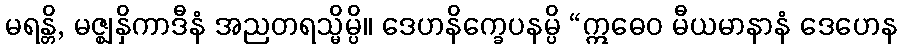
မရန္တိ, မဇ္ဈနှိကာဒီနံ အညတရသ္မိမ္ပိ။ ဒေဟနိက္ခေပနမ္ပိ “ဣဓေဝ မီယမာနာနံ ဒေဟေန